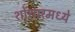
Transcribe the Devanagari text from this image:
शोंशारमध्ये